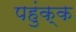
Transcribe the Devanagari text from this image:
पहुंक्क